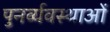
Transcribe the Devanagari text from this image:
पुनर्व्यवस्थाओं